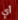
أي